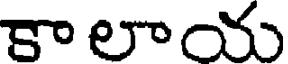
కాలాయ